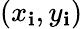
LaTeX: \left(x_{\mathbf{i}},y_{\mathbf{i}}\right)